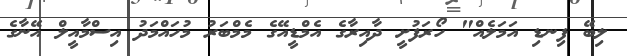
ލިބޭ ފިނޑި އަމަަލެއް" ހޯރަފުށީ ދާއިރާގެ އެމްޑީއޭގެ މެމްބަރު މުހައްމަދު އިސްމާއީލް އޭނާގެ